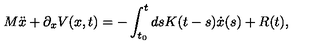
M \ddot { x } + \partial _ { x } V ( x , t ) = - \int _ { t _ { 0 } } ^ { t } d s K ( t - s ) \dot { x } ( s ) + R ( t ) ,